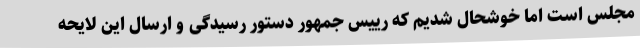
مجلس است اما خوشحال شدیم که رییس جمهور دستور رسیدگی و ارسال این لایحه